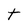
Character: t